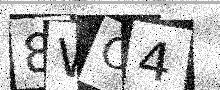
Text: 8WO4